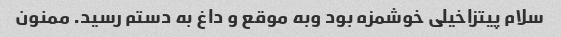
سلام پیتزاخیلی خوشمزه بود وبه موقع و داغ به دستم رسید. ممنون